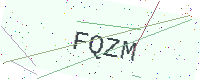
Text: FQZM